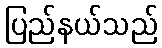
ပြည်နယ်သည်